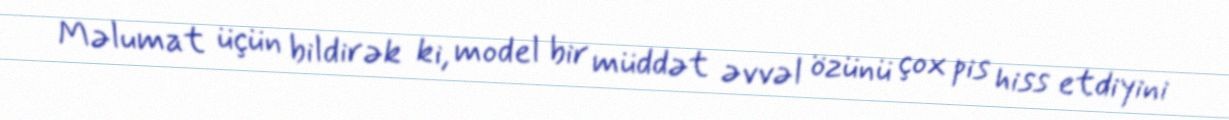
Məlumat üçün bildirək ki, model bir müddət əvvəl özünü çox pis hiss etdiyini